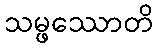
သမ္ဖဿောတိ